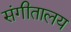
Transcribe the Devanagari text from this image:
संगीतालय